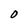
Character: O